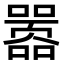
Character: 嚣